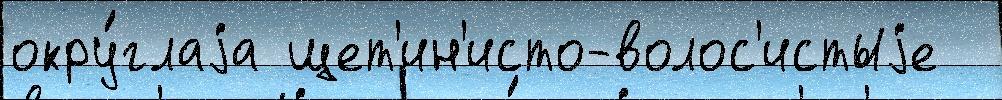
окру́глаjа щет'ин'исто-волос'истыjе